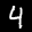
Label: 4